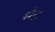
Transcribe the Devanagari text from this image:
श्वैत